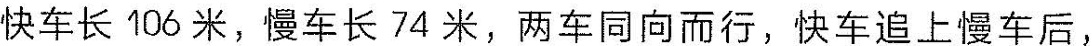
快车长106米，慢车长74米，两车同向而行，车头相接后经过12秒